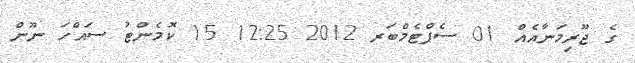
ގެ ޖޫރިމަނާއެއް 01 ސެޕްޓެމްބަރ 2012 12:25 15 ކޮމެންޓު ސައްހަ ނޫން